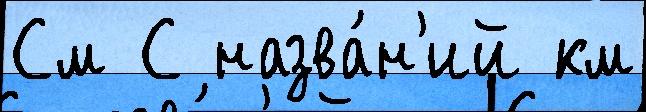
См С назва́н'ий км